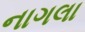
નાગલા